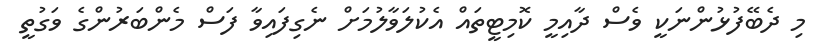
މި ދެބޭފުޅުންނަކީ ވެސް ދާއިމީ ކޮމިޓީތައް އެކުލަވާލުމަށް ނެގިފައިވާ ފަސް މެންބަރުންގެ ވަގުތީ